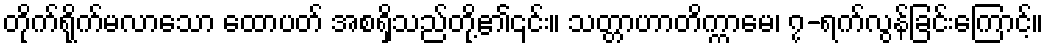
တိုက်ရိုက်မလာသော ထောပတ် အစရှိသည်တို့၏၎င်း။ သတ္တာဟာတိက္ကာမေ၊ ၇-ရက်လွန်ခြင်းကြောင့်။